Regulations for the medical services of the Army of India
Year: 1930
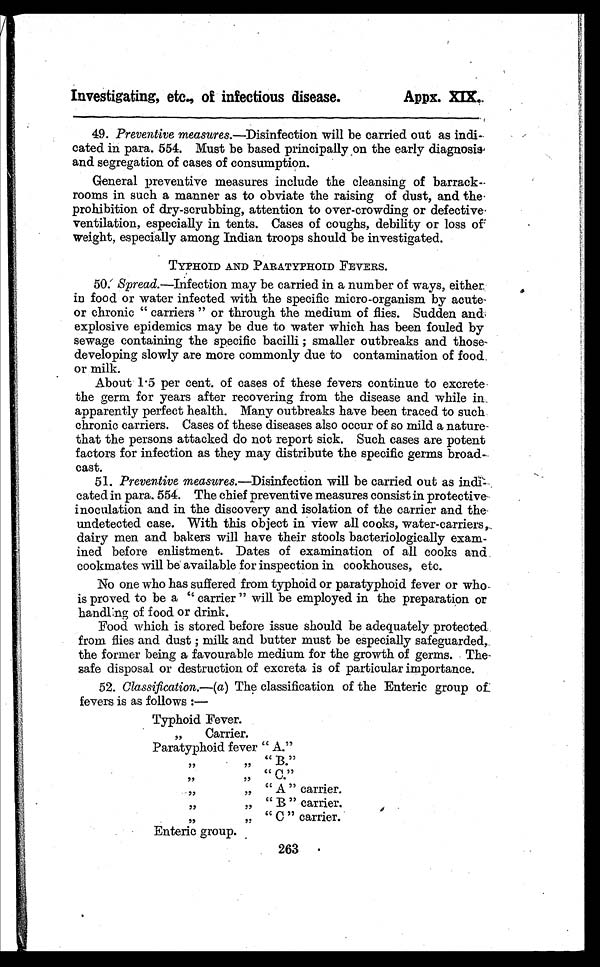
Investigating, etc., of infectious disease.
Appx. XIX,.
49. Preventive measures.—Disinfection will be carried out as indi-
cated in para. 554. Must be based principally ,on the early diagnosis
and segregation of cases of consumption.
General preventive measures include the cleansing of barrack-
rooms in such a manner as to obviate the raising of dust, and the
prohibition of dry-scrubbing, attention to over-crowding or defective
ventilation, especially in tents. Cases of coughs, debility or loss of
weight, especially among Indian troops should be investigated.
TYPHOID AND PARATYPHOID FEVERS.
50: Spread.—Infection may be carried in a number of ways, either
in food or water infected with the specific micro-organism by acute-
or chronic " carriers " or through the medium of flies. Sudden and,
explosive epidemics may be due to water which has been fouled by
sewage containing the specific bacilli ; smaller outbreaks and thos
e d e v e l o p i n g s l o w l y a r e m o r e c o m m o n l y d u e t o c o n t a m i n a t i o n o f f o o d .
or milk.
About 1 .5 per cent. of cases of these fevers continue to excrete
the germ for years after recovering from the disease and while in
apparently perfect health. Many outbreaks have been traced to such
chronic carriers. Cases of these diseases also occur of so mild a nature
that the persons attacked do not report sick. Such cases are potent
factors for infection as they may distribute the specific germs broad-
cast.
51. Preventive measures.—Disinfection will be carried out as indi-
cated in para. 554. The chief preventive measures consist in protective.
inoculation and in the discovery and isolation of the carrier and the.
undetected case. With this object in view all cooks, water-carriers,
dairy men and bakers will have their stools bacteriologically exam-
-ined before enlistment. Dates of examination of all cooks and
cookmates will be available for inspection in cookhouses, etc.
No one who has suffered from typhoid or paratyphoid fever or who
is proved to be a " carrier " will be employed in the preparation or
h a n d l i n g o f f o o d o r d r i n k .
Food which is stored before issue should be adequately protected
from flies and dust ; milk and butter must be especially safeguarded,
the former being a favourable medium for the growth of germs. The
safe disposal or destruction of excreta is of particular importance.
52.Classification.—(a) The classification of the Enteric group of
fevers is as follows :—
T y p h o i d F e v e r .
„
Carrier.
Paratyphoid fever " A."
, ,
,, " B."
, ,
,, " C."
, ,
„ " A " carrier.
, ,
„ " B " carrier.
, ,
„ " C " carrier.
Enteric group.
263